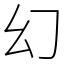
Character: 幻